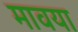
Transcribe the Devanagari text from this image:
मावया